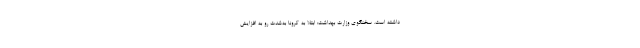
داشته است. سخنگوی وزارت بهداشت: ابتلا به کرونا به‌شدت رو به افزایش